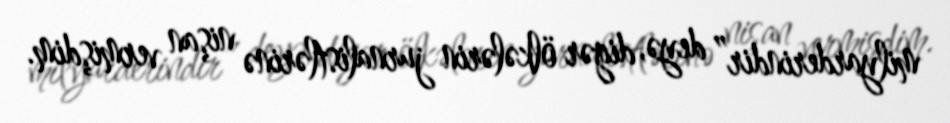
milyarderindir” deyə, digər ölkələrin jurnalistlərinə nişan vermişdim.